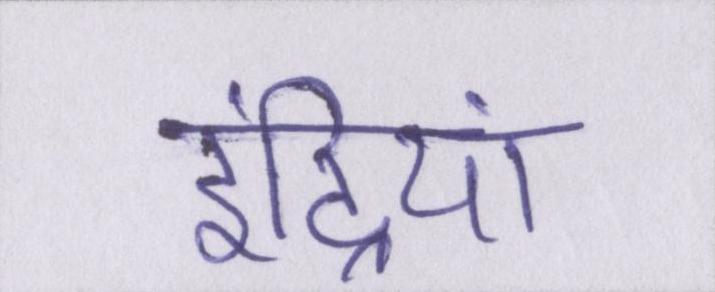
इंद्रियां